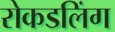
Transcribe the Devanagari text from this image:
रोकडलिंग